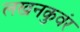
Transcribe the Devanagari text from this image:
लखनकुवंर